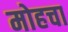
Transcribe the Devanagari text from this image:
मोहचा